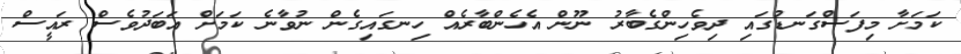
ކަމަށާ މިފަސްގަނޑުގައި ދިވެހިންގެބާރު ނޫން އެހެންބާރެއް ހިނގައިގެން ނުވާނެ ކަމަށް އަބަދުވެސް ރައީސް